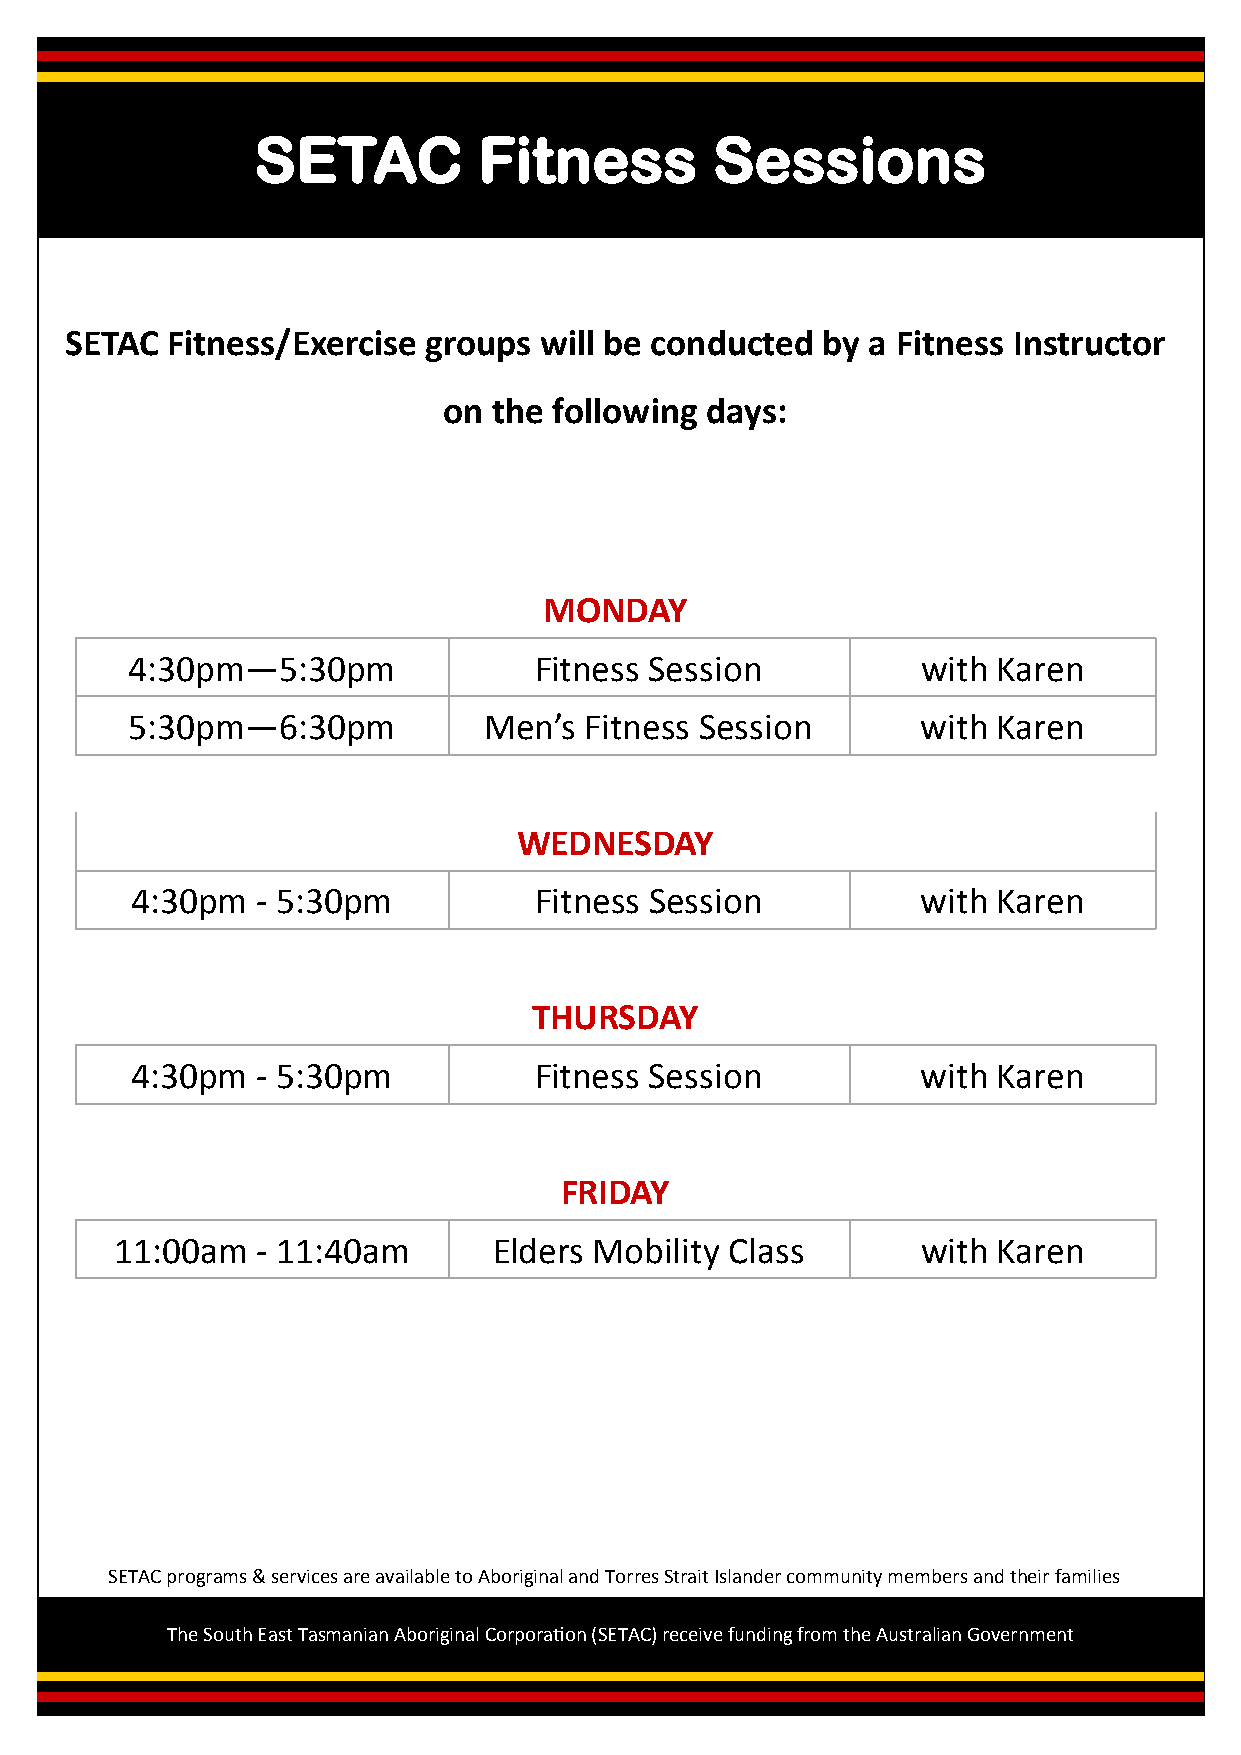
SETAC          Fitness        Sessions
 SETAC  Fitness/Exercise groups  will be conducted by a Fitness Instructor
 on  the following days:
 MONDAY
 4:30pm—5:30pm              Fitness Session           with Karen
 5:30pm—6:30pm           Men’s  Fitness Session       with Karen
 WEDNESDAY
 4:30pm  - 5:30pm          Fitness Session           with Karen
 THURSDAY
 4:30pm  - 5:30pm          Fitness Session           with Karen
 FRIDAY
 11:00am  - 11:40am       Elders Mobility Class       with Karen
 SETAC programs & services are available to Aboriginal and Torres Strait Islander community members and their families
 The South East Tasmanian Aboriginal Corporation (SETAC) receive funding from the Australian Government